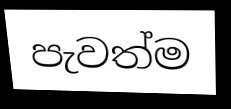
පැවත්ම